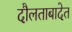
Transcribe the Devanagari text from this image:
दौलताबादेत